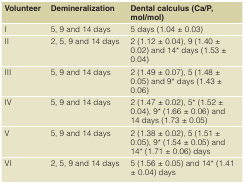
<table><thead><tr><td><b>Volunteer</b></td><td><b>Demineralization</b></td><td><b>Dental calculus (Ca/P, mol/mol)</b></td></tr></thead><tbody><tr><td>I</td><td>5, 9 and 14 days</td><td>5 days (1.04 ± 0.03)</td></tr><tr><td>II</td><td>2, 5, 9 and 14 days</td><td>2 (1.12 ± 0.04), 9 (1.40 ± 0.02) and14* days (1.53 ± 0.04)</td></tr><tr><td>III</td><td>5, 9 and 14 days</td><td>2 (1.49 ± 0.07), 5 (1.48 ± 0.05) and9* days (1.43 ± 0.06)</td></tr><tr><td>IV</td><td>5, 9 and 14 days</td><td>2 (1.47 ± 0.02), 5* (1.52 ± 0.04), 9* (1.66 ± 0.06) and14 days (1.73 ± 0.05)</td></tr><tr><td>V</td><td>5, 9 and 14 days</td><td>2 (1.38 ± 0.02), 5 (1.51 ± 0.05), 9* (1.54 ± 0.05) and14* (1.71 ± 0.06) days</td></tr><tr><td>VI</td><td>2, 5, 9 and 14 days</td><td>5 (1.56 ± 0.05) and 14* (1.41 ± 0.04) days</td></tr></tbody></table>